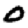
Digit: 0